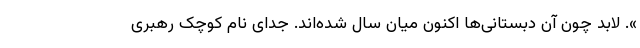
». لابد چون آن دبستانی‌ها اکنون میان سال شده‌اند. جدای نام کوچک رهبری